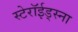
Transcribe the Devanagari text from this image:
स्टेरॉईड्स्ना